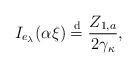
LaTeX: \begin{align*} I_{e_{\lambda}}(\alpha \xi) \stackrel{\mathrm{d}}{=} \frac{Z_{1,a}}{2 \gamma_{\kappa}}, \end{align*}